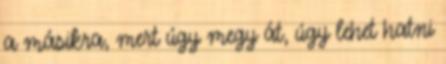
a másikra, mert úgy megy át, úgy lehet hatni